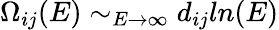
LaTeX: \Omega_{ij}(E)\sim_{E\rightarrow\infty}d_{ij}ln(E)